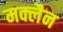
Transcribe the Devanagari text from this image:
मक्लैन